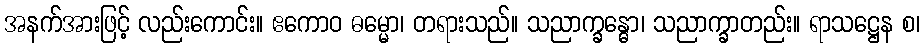
အနက်အားဖြင့် လည်းကောင်း။ ဧကောဝ ဓမ္မော၊ တရားသည်။ သညာက္ခန္ဓော၊ သညာက္ခာတည်း။ ရာသဋ္ဌေန စ၊